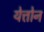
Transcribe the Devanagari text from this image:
येत्तोन